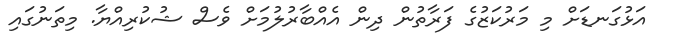
އަޅުގަނޑަށް މި މަރުކަޒުގެ ފަރާތުން ދިން އެއްބާރުލުމަށް ވެސް ޝުކުރިއްޔާ. މިތަނުގައި